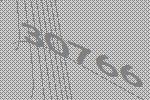
30766